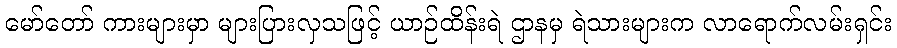
မော်တော် ကားများမှာ များပြားလှသဖြင့် ယာဉ်ထိန်းရဲ ဌာနမှ ရဲသားများက လာရောက်လမ်းရှင်း